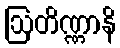
ဩတိဏ္ဏာနိ